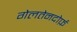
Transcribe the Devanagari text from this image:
गेलतेनदोर्फ़